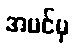
အပင်မှ